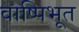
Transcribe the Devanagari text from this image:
वाष्पिभूत